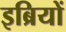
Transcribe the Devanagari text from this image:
इब्रियों